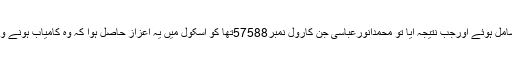
تینتیس طلبہ امتحان میں شامل ہوئے اورجب نتیجہ آیا تو محمدانورعباسی جن کارول نمبر57588تھا کو اسکول میں یہ اعزاز حاصل ہوا کہ وہ کامیاب ہونے والے واحد طالب علم تھے۔